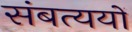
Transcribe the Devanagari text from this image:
संबत्ययों